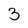
Character: 3